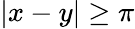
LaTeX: |x-y|\ge\pi